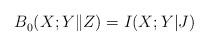
LaTeX: \begin{align*}B_0^{}(X;Y\|Z)=I(X;Y|J)\end{align*}